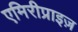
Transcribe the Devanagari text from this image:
एमिरीप्राइज़